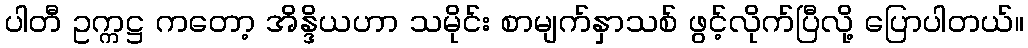
ပါတီ ဥက္ကဋ္ဌ ကတော့ အိန္ဒိယဟာ သမိုင်း စာမျက်နှာသစ် ဖွင့်လိုက်ပြီလို့ ပြောပါတယ်။